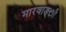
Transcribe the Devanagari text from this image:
मारवाङ्ी